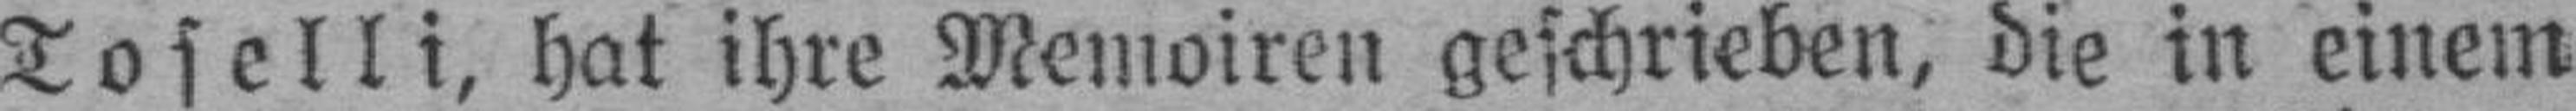
Toselli, hat ihre Memoiren geschrieben, die in einem